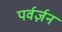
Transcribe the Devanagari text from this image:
पर्वर्ज़न